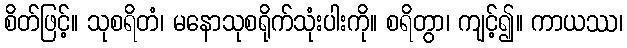
စိတ်ဖြင့်။ သုစရိတံ၊ မနောသုစရိုက်သုံးပါးကို။ စရိတွာ၊ ကျင့်၍။ ကာယဿ၊